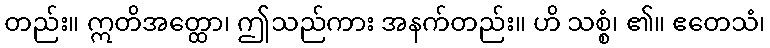
တည်း။ ဣတိအတ္ထော၊ ဤသည်ကား အနက်တည်း။ ဟိ သစ္စံ၊ ၏။ ဧတေသံ၊